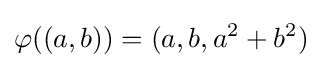
\varphi ((a,b))=(a,b,a^{2}+b^{2})